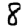
Digit: 8